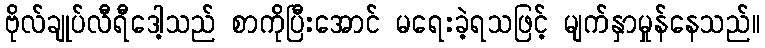
ဗိုလ်ချုပ်လီရီဒေါ့သည် စာကိုပြီးအောင် မရေးခဲ့ရသဖြင့် မျက်နှာမှုန်နေသည်။